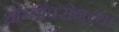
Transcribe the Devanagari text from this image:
थ्रॉम्बॉक्सेनच्या